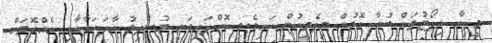
މީޑިއާ ރިޕޯޓުތައް ބުނާ ގޮތުން މިދެމީހުން ކައިވެނި ކޮށްފައިވަނީ މުސްލިމު އާދަކަދާއާއި އެެއްގޮތަށް